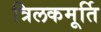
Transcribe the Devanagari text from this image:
त्रिलकमूर्ति